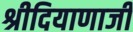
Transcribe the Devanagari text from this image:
श्रीदियाणाजी